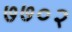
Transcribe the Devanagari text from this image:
७७०२